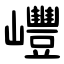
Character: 㠦